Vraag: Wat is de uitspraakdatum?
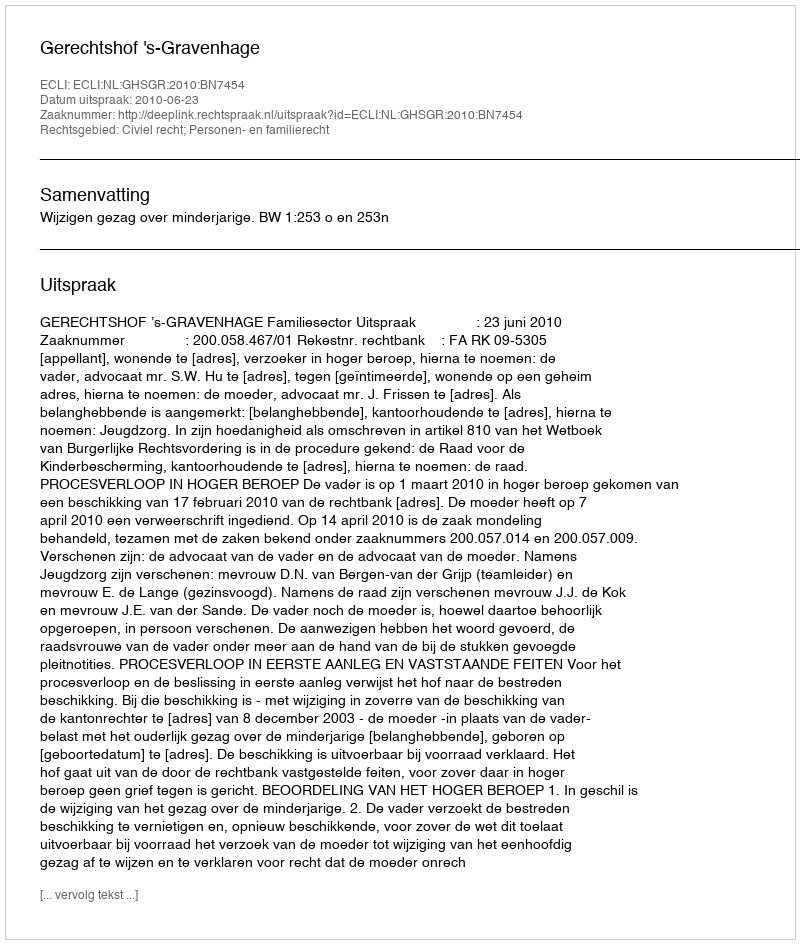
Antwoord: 2010-06-23